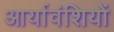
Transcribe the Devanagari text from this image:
आर्यावंशियों